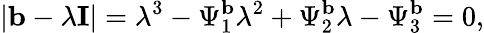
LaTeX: \vert\mathbf{b}-\lambda\mathbf{I}\vert=\lambda^{3}-\Psi_{1}^{\mathbf{b}}\lambda^{2}+\Psi_{2}^{\mathbf{b}}\lambda-\Psi_{3}^{\mathbf{b}}=0,